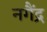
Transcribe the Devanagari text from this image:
नगैंद्र